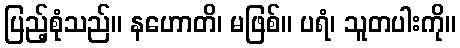
ပြည့်စုံသည်။ နဟောတိ၊ မဖြစ်။ ပရံ၊ သူတပါးကို။